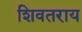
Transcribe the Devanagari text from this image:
शिवतराय